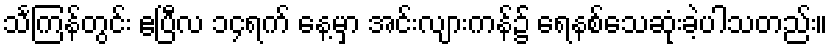
သင်္ကြန်တွင်း ဧပြီလ ၁၄ရက် နေ့မှာ အင်းလျားကန်၌ ရေနစ်သေဆုံးခဲ့ပါသတည်း။